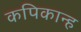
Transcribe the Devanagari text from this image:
कपिकान्ह